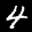
Label: 4